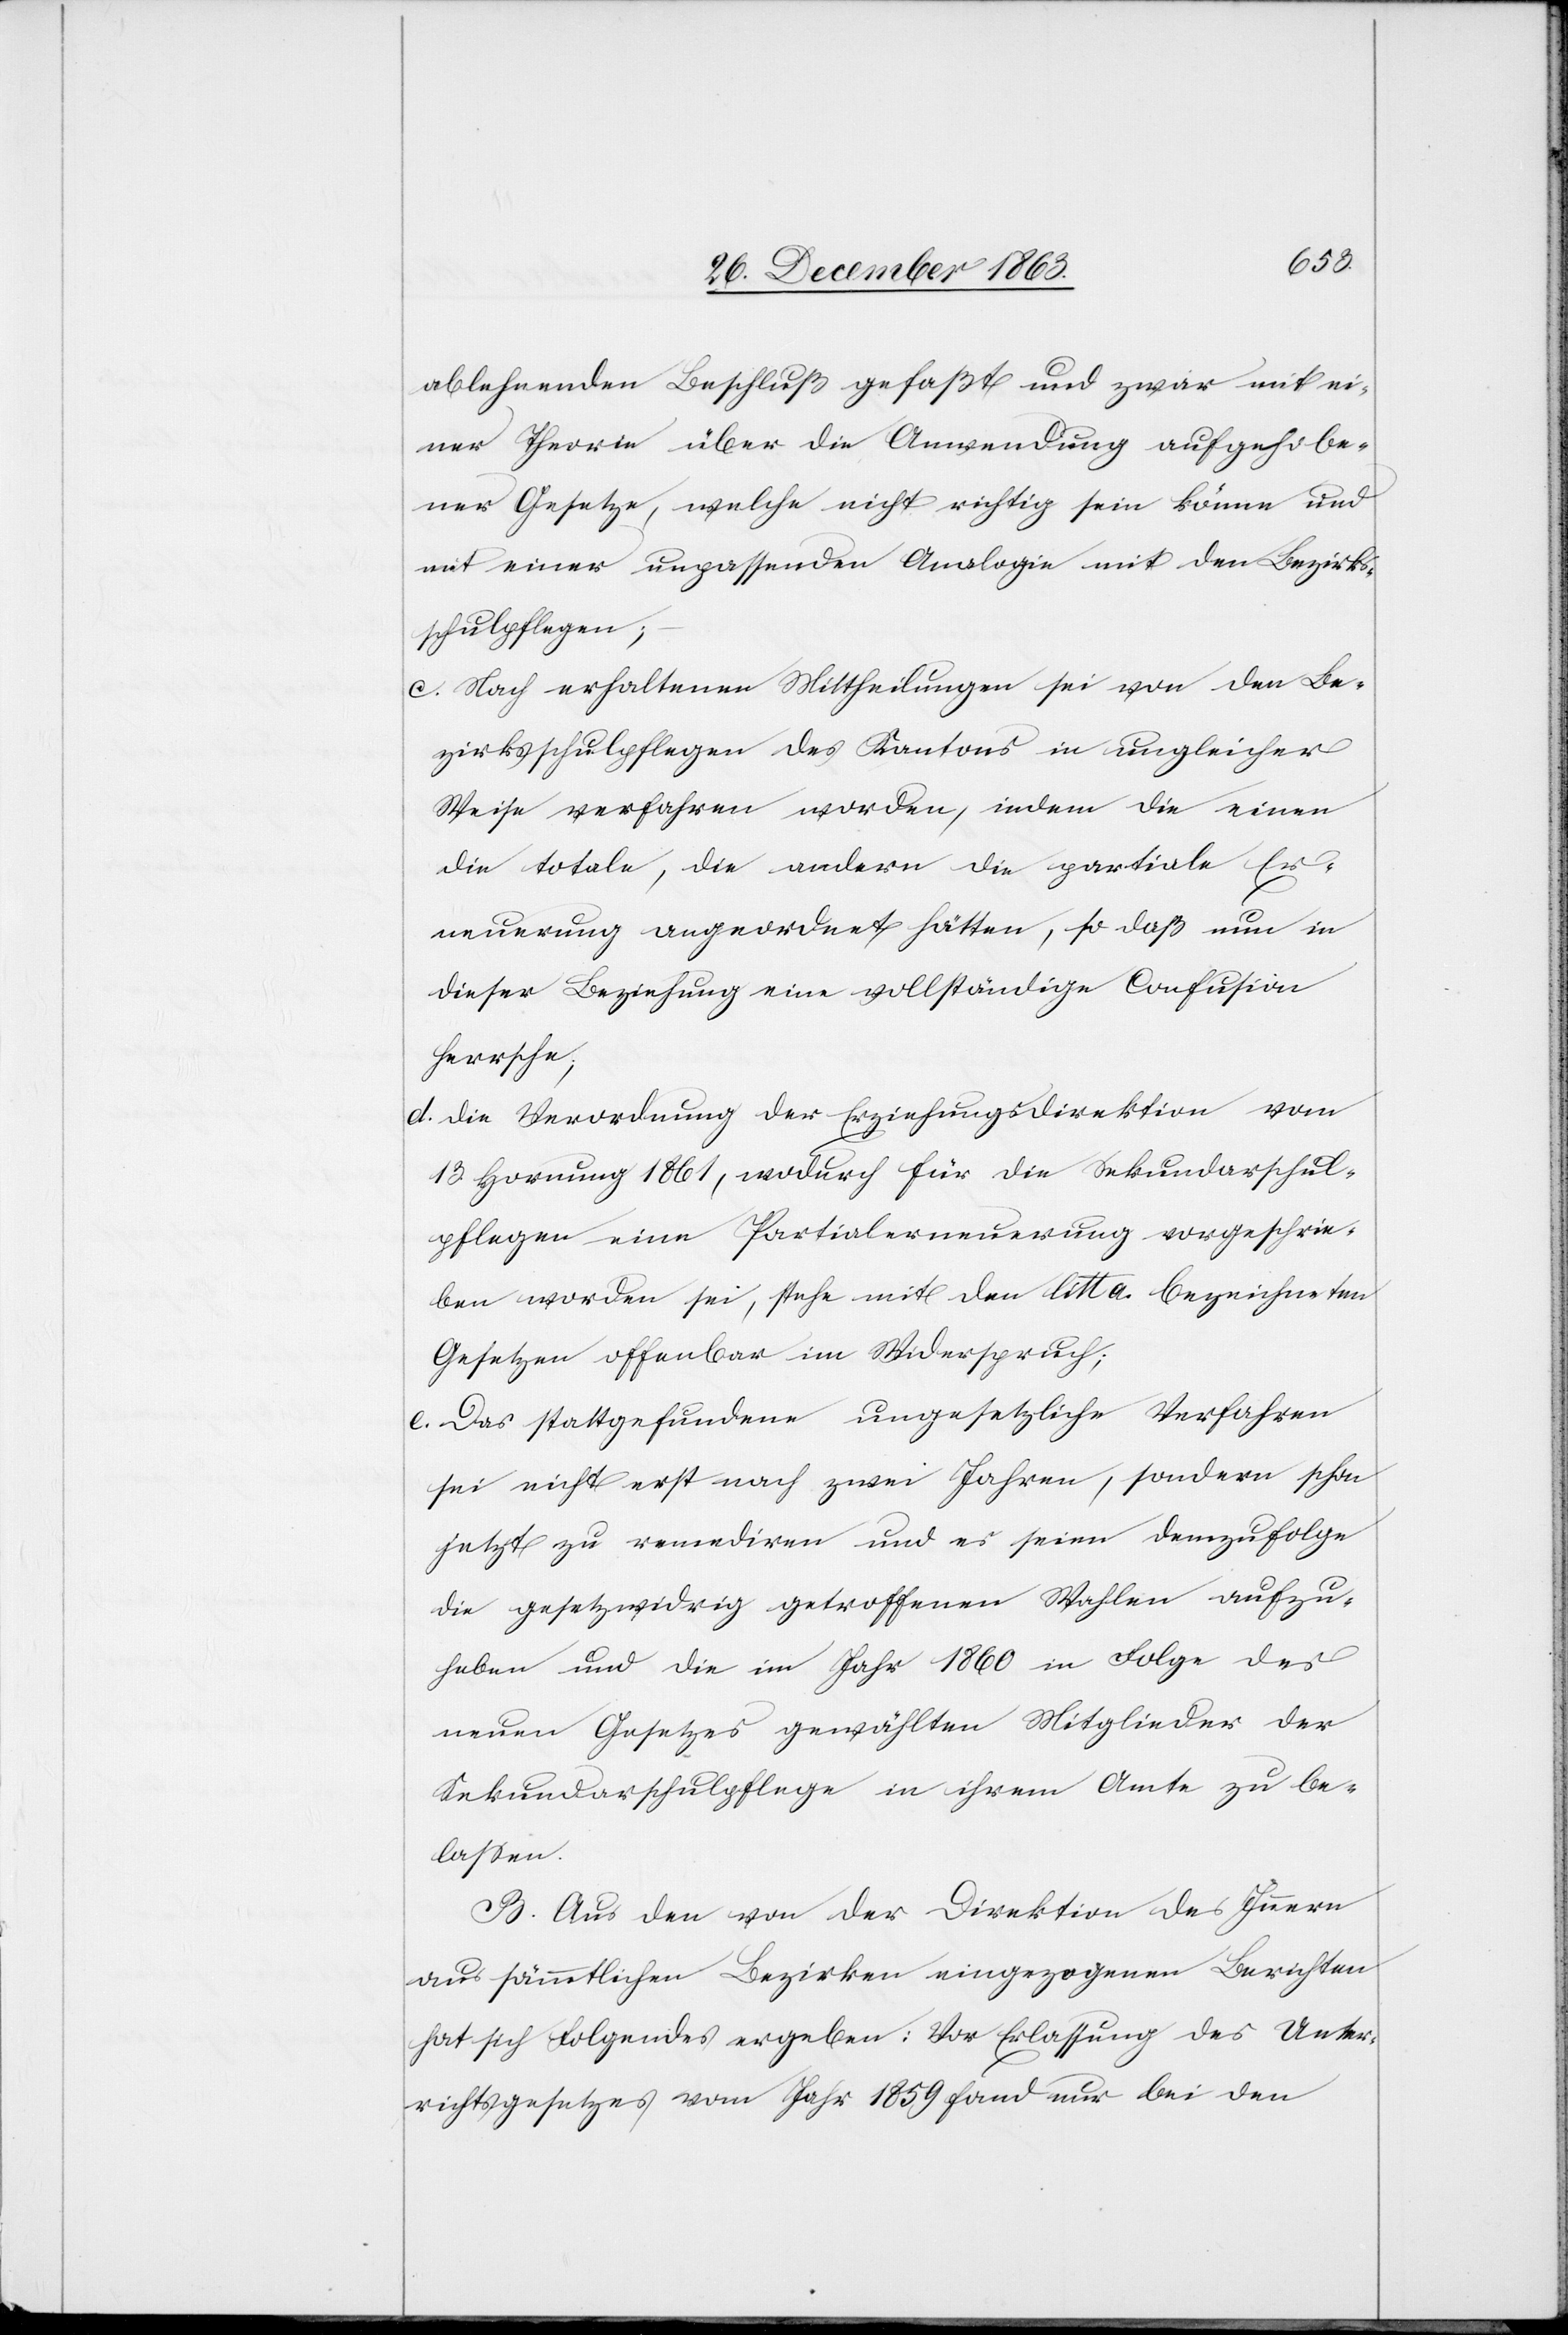
ablehnenden Beschluß gefaßt und zwar mit ei¬
ner Theorie über die Anwendung aufgehobe¬
ner Gesetze, welche nicht richtig sein könne und
mit einer unpassenden Analogie mit den Bezirks¬
schulpflegen;
c. Nach erhaltenen Mittheilung sei von den Be¬
zirksschulpflegen des Kantons in ungleicher
Weise verfahren worden, indem die einen
die totale, die andern die partiale Er¬
neuerung angeordnet hätten, so daß nun in
dieser Beziehung eine vollständige Confusion
herrsche;
d. Die Verordnung der Erziehungsdirektion vom
13. Hornung 1861, wodurch für die Sekundarschul¬
pflegen eine Partialerneuerung vorgeschrie¬
ben worden sei, stehe mit den litt a. bezeichneten
Gesetzen offenbar im Widerspruch;
c. Das stattgefundene ungesetzliche Verfahren
sei nicht erst nach zwei Jahren, sondern schon
jetzt zu remediren und es seien demzufolge
die gesetzwidrig getroffenen Wahlen aufzu¬
heben und die im Jahr 1860 in Folge des
neuen Gesetzes gewählten Mitglieder der
Sekundarschulpflege in ihrem Amte zu be¬
lassen.
B. Aus den von der Direktion des Innern
aus sämmtlichen Bezirken eingezogenen Berichten
hat sich Folgendes ergeben: Vor Erlassung des Unter¬
richtsgesetzes vom Jahr 1859 fand nur bei den